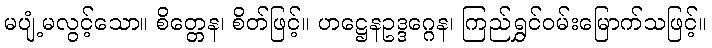
မပျံ့မလွင့်သော။ စိတ္တေန၊ စိတ်ဖြင့်။ ဟဋ္ဌေနဥဒ္ဒဂ္ဂေန၊ ကြည်ရွှင်ဝမ်းမြောက်သဖြင့်။